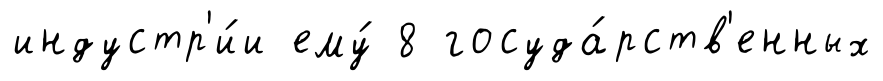
индустр'и́и ему́ 8 госуда́рств'енных